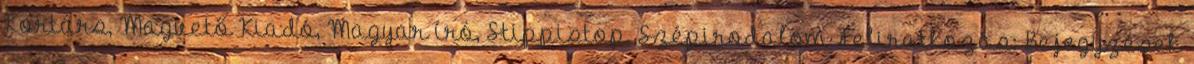
Kortárs, Magvető Kiadó, Magyar író, Stippistop, Szépirodalom Feliratkozás: Bejegyzések